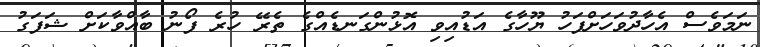
ނަމަވެސް އެހާދުވަހަށްފަހު ޔޫހާގެ އަޑުއިވި އޮޅުންގަނޑެއްގެ ތެރޭ ހުރެ ފޯނު ބާއްވާކަށް ޝަފަގު